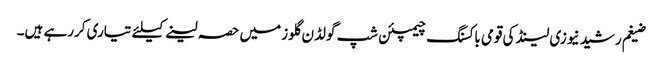
ضیغم رشید نیوزی لینڈ کی قومی باکسنگ چیمپئن شپ گولڈن گلوز میں حصہ لینے کیلئے تیاری کررہے ہیں۔